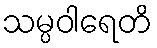
သမ္ပဝါရေတိ